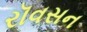
રૉવસન